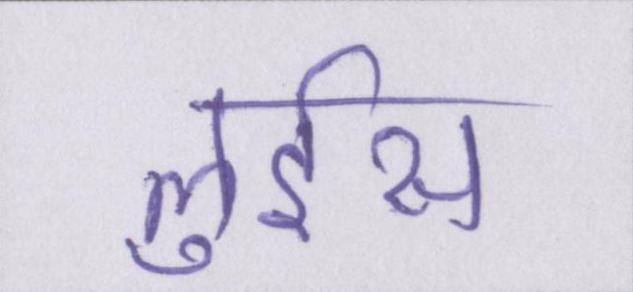
लुईस